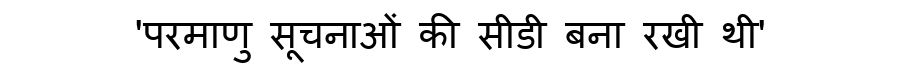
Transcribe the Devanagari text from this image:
'परमाणु सूचनाओं की सीडी बना रखी थी'